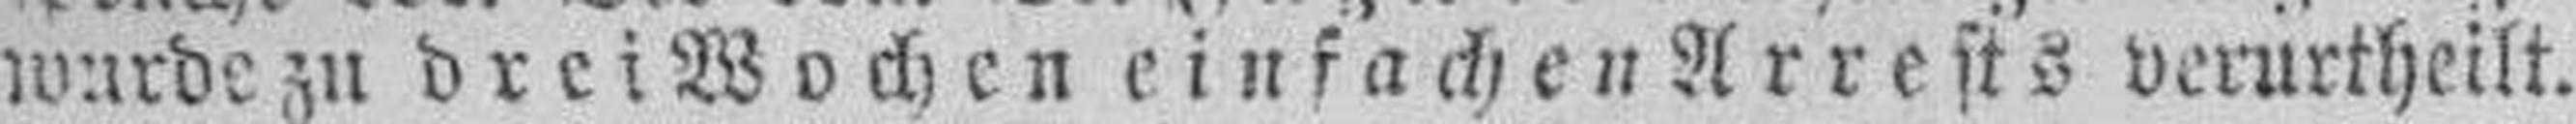
wurde zu drei Wochen einfachen Arrests verurtheilt.